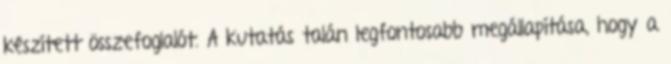
készített összefoglalót. A kutatás talán legfontosabb megállapítása, hogy a